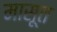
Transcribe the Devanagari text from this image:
मासूत